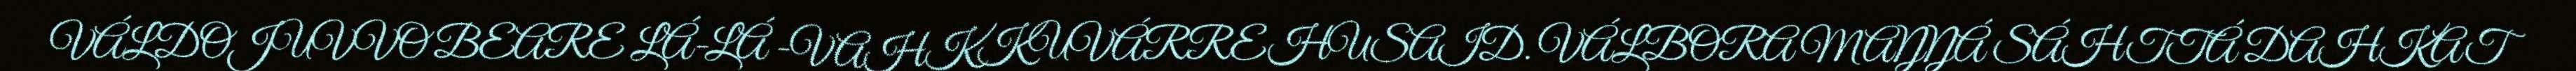
VÁLDOJUVVO BEARE LÁ-LÁ -VAHKKUVÁRREHUSAID. VÁLBORA MAŊŊÁ SÁHTTÁ DAHKAT